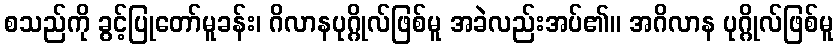
စသည်ကို ခွင့်ပြုတော်မူခန်း၊ ဂိလာနပုဂ္ဂိုလ်ဖြစ်မူ အခဲလည်းအပ်၏။ အဂိလာန ပုဂ္ဂိုလ်ဖြစ်မူ